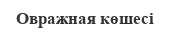
Овражная көшесі